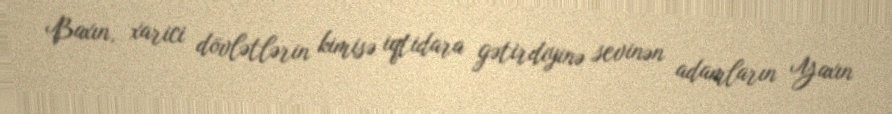
Baxın, xarici dövlətlərin kimisə iqtidara gətirdiyinə sevinən adamların Yaxın